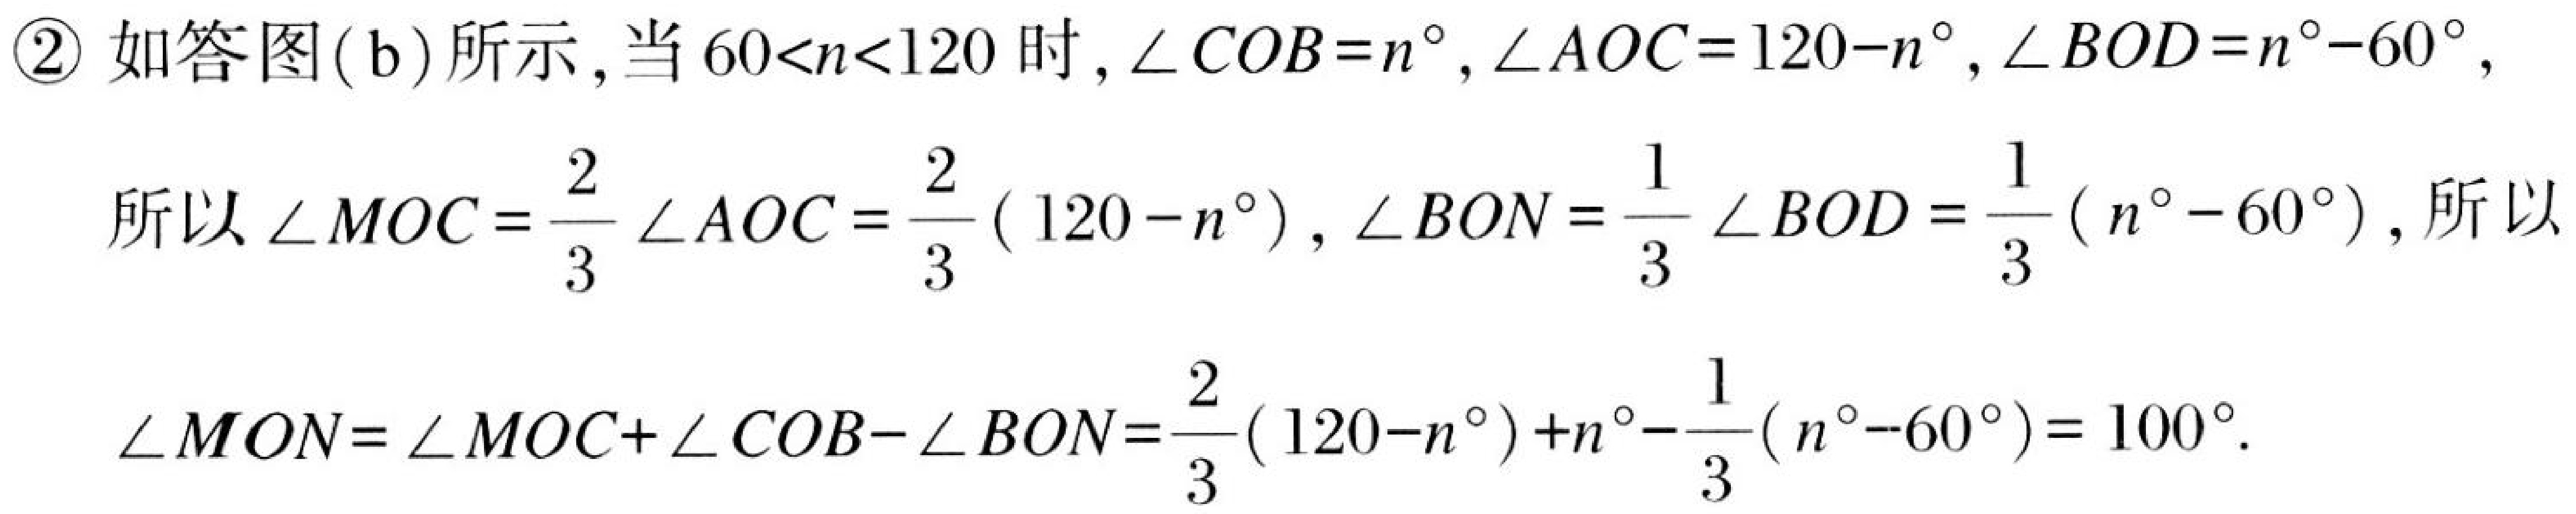
\textcircled{2} 如答图(b)所示，当\(60 < n < 120\)时，\(\angle COB = n^{\circ}\)，\(\angle AOC = 120 - n^{\circ}\)，\(\angle BOD = n^{\circ}-60^{\circ}\)，
所以\(\angle MOC=\frac{2}{3}\angle AOC=\frac{2}{3}(120 - n^{\circ})\)，\(\angle BON=\frac{1}{3}\angle BOD=\frac{1}{3}(n^{\circ}-60^{\circ})\)，所以
\(\angle MON=\angle MOC+\angle COB-\angle BON=\frac{2}{3}(120 - n^{\circ})+n^{\circ}-\frac{1}{3}(n^{\circ}-60^{\circ}) = 100^{\circ}\).